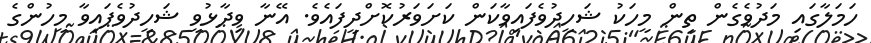
ހަމަލާގައި މަދުވެގެން ތިން މީހަކު ޝަހީދުވެފައިވާކަން ކަށަވަރުކޮށްދީފައެވެ. އޭނާ ވިދާޅުވީ ޝަހީދުވެފައިވާ މީހުންގެ